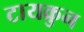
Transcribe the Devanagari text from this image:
टायक्रुन